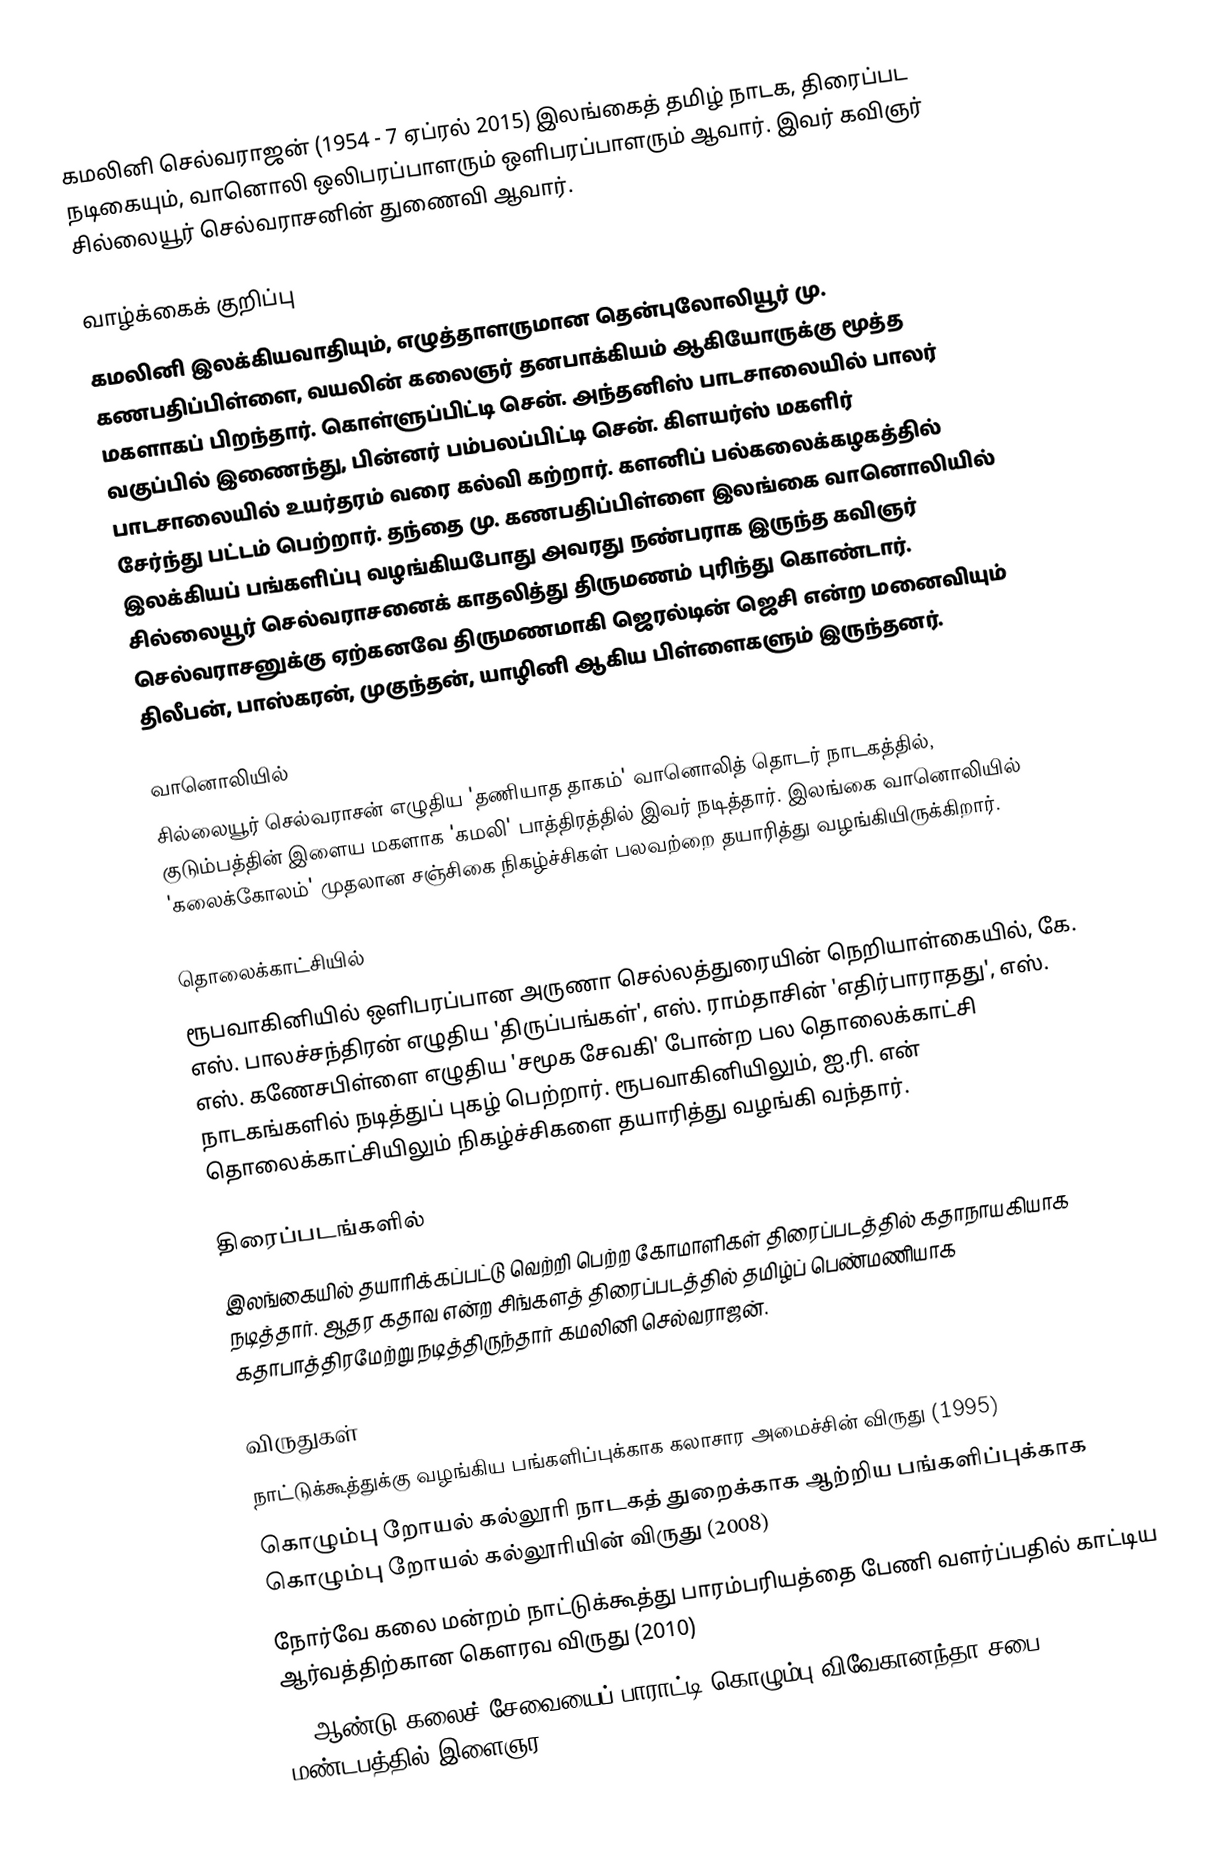
கமலினி செல்வராஜன் (1954 - 7 ஏப்ரல் 2015) இலங்கைத் தமிழ் நாடக, திரைப்பட நடிகையும், வானொலி ஒலிபரப்பாளரும் ஒளிபரப்பாளரும் ஆவார். இவர் கவிஞர் சில்லையூர் செல்வராசனின் துணைவி ஆவார்.

வாழ்க்கைக் குறிப்பு
கமலினி இலக்கியவாதியும், எழுத்தாளருமான தென்புலோலியூர் மு. கணபதிப்பிள்ளை, வயலின் கலைஞர் தனபாக்கியம் ஆகியோருக்கு மூத்த மகளாகப் பிறந்தார். கொள்ளுப்பிட்டி சென். அந்தனிஸ் பாடசாலையில் பாலர் வகுப்பில் இணைந்து, பின்னர் பம்பலப்பிட்டி சென். கிளயர்ஸ் மகளிர் பாடசாலையில் உயர்தரம் வரை கல்வி கற்றார். களனிப் பல்கலைக்கழகத்தில் சேர்ந்து பட்டம் பெற்றார். தந்தை மு. கணபதிப்பிள்ளை இலங்கை வானொலியில் இலக்கியப் பங்களிப்பு வழங்கியபோது அவரது நண்பராக இருந்த கவிஞர் சில்லையூர் செல்வராசனைக் காதலித்து திருமணம் புரிந்து கொண்டார். செல்வராசனுக்கு ஏற்கனவே திருமணமாகி ஜெரல்டின் ஜெசி என்ற  மனைவியும் திலீபன், பாஸ்கரன், முகுந்தன், யாழினி ஆகிய பிள்ளைகளும் இருந்தனர்.

வானொலியில்
சில்லையூர் செல்வராசன் எழுதிய 'தணியாத தாகம்' வானொலித் தொடர் நாடகத்தில், குடும்பத்தின் இளைய மகளாக 'கமலி' பாத்திரத்தில் இவர் நடித்தார். இலங்கை வானொலியில் 'கலைக்கோலம்' முதலான சஞ்சிகை நிகழ்ச்சிகள் பலவற்றை தயாரித்து வழங்கியிருக்கிறார்.

தொலைக்காட்சியில்
ரூபவாகினியில் ஒளிபரப்பான அருணா செல்லத்துரையின் நெறியாள்கையில், கே. எஸ். பாலச்சந்திரன் எழுதிய 'திருப்பங்கள்', எஸ். ராம்தாசின் 'எதிர்பாராதது', எஸ். எஸ். கணேசபிள்ளை எழுதிய 'சமூக சேவகி' போன்ற பல தொலைக்காட்சி நாடகங்களில் நடித்துப் புகழ் பெற்றார். ரூபவாகினியிலும், ஐ.ரி. என் தொலைக்காட்சியிலும் நிகழ்ச்சிகளை தயாரித்து வழங்கி வந்தார்.

திரைப்படங்களில்
இலங்கையில் தயாரிக்கப்பட்டு வெற்றி பெற்ற கோமாளிகள் திரைப்படத்தில் கதாநாயகியாக நடித்தார். ஆதர கதாவ என்ற சிங்களத் திரைப்படத்தில் தமிழ்ப் பெண்மணியாக கதாபாத்திரமேற்று நடித்திருந்தார் கமலினி செல்வராஜன்.

விருதுகள்
நாட்டுக்கூத்துக்கு வழங்கிய பங்களிப்புக்காக கலாசார அமைச்சின் விருது (1995)
கொழும்பு றோயல் கல்லூரி நாடகத் துறைக்காக ஆற்றிய பங்களிப்புக்காக கொழும்பு றோயல் கல்லூரியின் விருது (2008)
நோர்வே கலை மன்றம் நாட்டுக்கூத்து பாரம்பரியத்தை பேணி வளர்ப்பதில் காட்டிய ஆர்வத்திற்கான கெளரவ விருது (2010)
35 ஆண்டு கலைச் சேவையைப் பாராட்டி கொழும்பு விவேகானந்தா சபை மண்டபத்தில் இளைஞர